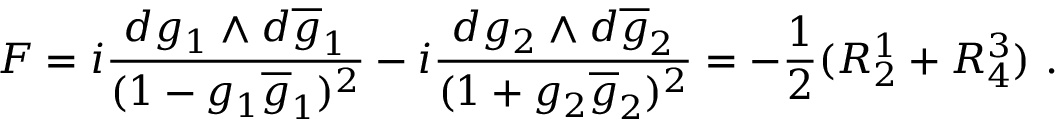
F = i \frac { d g _ { 1 } \wedge d \overline { { { g } } } _ { 1 } } { ( 1 - g _ { 1 } \overline { { { g } } } _ { 1 } ) ^ { 2 } } - i \frac { d g _ { 2 } \wedge d \overline { { { g } } } _ { 2 } } { ( 1 + g _ { 2 } \overline { { { g } } } _ { 2 } ) ^ { 2 } } = - \frac { 1 } { 2 } ( R _ { 2 } ^ { 1 } + R _ { 4 } ^ { 3 } ) ~ .